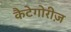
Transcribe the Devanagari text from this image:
कैटेगोरीज़